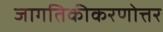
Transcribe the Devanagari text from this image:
जागतिकीकरणोत्तर